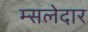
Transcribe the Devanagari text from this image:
म्सलेदार